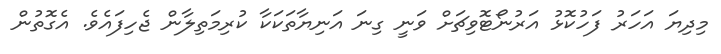
މިދިޔަ އަހަރު ފަހުކޮޅު އަރުނޯޓޮވިޗަށް ވަނީ ގިނަ އަނިޔާތަކަކާ ކުރިމަތިލާން ޖެހިފައެވެ. އެގޮތުން